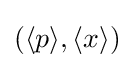
(\langle p\rangle ,\langle x\rangle )